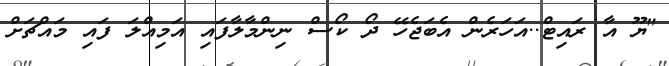
"ޔޫ އާ ރައިޓް..އަހަރެން އެބަޖެހޭ ދޯ ކޯސް ނިންމާލާފައި އަމިއްލަ ފައި މައްޗަށް